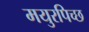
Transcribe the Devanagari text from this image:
मयुरपिच्छ